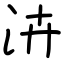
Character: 泋